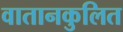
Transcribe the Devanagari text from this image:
वातानकुलित